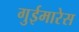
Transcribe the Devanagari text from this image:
गुईमारेस